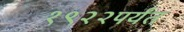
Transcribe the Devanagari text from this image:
१९२२पर्यंत